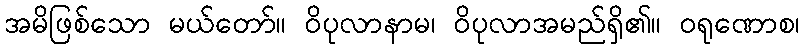
အမိဖြစ်သော မယ်တော်။ ဝိပုလာနာမ၊ ဝိပုလာအမည်ရှိ၏။ ဝရုဏောစ၊